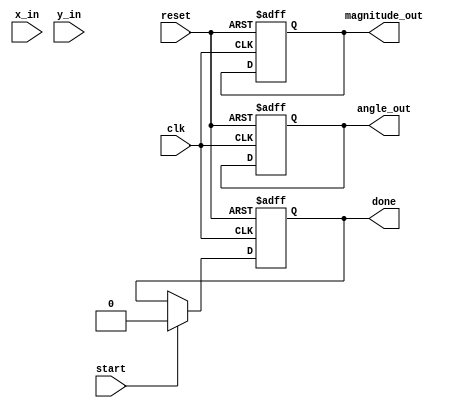
module vectoring_cordic(
    input wire clk,
    input wire reset,
    input wire start,
    input wire signed [15:0] x_in, // 16-bit signed input for x
    input wire signed [15:0] y_in, // 16-bit signed input for y
    output reg signed [15:0] angle_out, // 16-bit signed output for angle
    output reg signed [15:0] magnitude_out, // 16-bit signed output for magnitude
    output reg done // done signal
);

// CORDIC parameters
parameter ITERATIONS = 16; // Number of iterations
reg signed [15:0] x[0:ITERATIONS-1]; // x registers
reg signed [15:0] y[0:ITERATIONS-1]; // y registers
reg signed [15:0] z[0:ITERATIONS-1]; // angle registers
reg [3:0] iteration; // current iteration counter
reg signed [15:0] K [0:ITERATIONS-1]; // Scaling factors
reg signed [15:0] arctan_lookup [0:ITERATIONS-1]; // Lookup table for arctan values

// Initialize scaling factors and arctan values
initial begin
    K[0] = 16'h26DD; // K values for scaling factors
    K[1] = 16'h1A3D;
    K[2] = 16'h0D57;
    K[3] = 16'h0690;
    K[4] = 16'h0342;
    K[5] = 16'h01A0;
    K[6] = 16'h00D2;
    K[7] = 16'h0066;
    K[8] = 16'h0033;
    K[9] = 16'h0019;
    K[10] = 16'h000C;
    K[11] = 16'h0006;
    K[12] = 16'h0003;
    K[13] = 16'h0002;
    K[14] = 16'h0001;
    K[15] = 16'h0001;

    arctan_lookup[0] = 16'h2000; // Arctan values (in radians)
    arctan_lookup[1] = 16'h1000;
    arctan_lookup[2] = 16'h0800;
    arctan_lookup[3] = 16'h0400;
    arctan_lookup[4] = 16'h0200;
    arctan_lookup[5] = 16'h0100;
    arctan_lookup[6] = 16'h0080;
    arctan_lookup[7] = 16'h0040;
    arctan_lookup[8] = 16'h0020;
    arctan_lookup[9] = 16'h0010;
    arctan_lookup[10] = 16'h0008;
    arctan_lookup[11] = 16'h0004;
    arctan_lookup[12] = 16'h0002;
    arctan_lookup[13] = 16'h0001;
    arctan_lookup[14] = 16'h0001;
    arctan_lookup[15] = 16'h0000;
end

// State machine control
always @(posedge clk or posedge reset) begin
    if (reset) begin
        iteration <= 0;
        angle_out <= 0;
        magnitude_out <= 0;
        done <= 0;
    end else if (start) begin
        // Initialization
        x[0] <= x_in;
        y[0] <= y_in;
        z[0] <= 0;
        iteration <= 0;
        done <= 0;
    end else if (iteration < ITERATIONS) begin
        // CORDIC iteration
        if (y[iteration] < 0) begin
            // Rotate clockwise
            x[iteration + 1] <= x[iteration] + (y[iteration] >>> iteration);
            y[iteration + 1] <= y[iteration] - (x[iteration] >>> iteration);
            z[iteration + 1] <= z[iteration] - arctan_lookup[iteration];
        end else begin
            // Rotate counterclockwise
            x[iteration + 1] <= x[iteration] - (y[iteration] >>> iteration);
            y[iteration + 1] <= y[iteration] + (x[iteration] >>> iteration);
            z[iteration + 1] <= z[iteration] + arctan_lookup[iteration];
        end
        iteration <= iteration + 1;
    end else if (iteration == ITERATIONS) begin
        // Final results
        angle_out <= z[ITERATIONS];
        // Calculate magnitude
        magnitude_out <= (x[ITERATIONS] * x[ITERATIONS] + y[ITERATIONS] * y[ITERATIONS]) >>> 8; // Scale down for fixed point
        done <= 1;
    end
end

endmodule